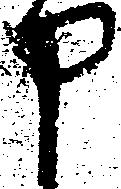
申